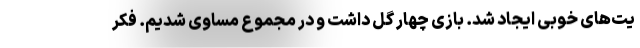
یت‌های خوبی ایجاد شد. بازی چهار گل داشت و در مجموع مساوی شدیم. فکر